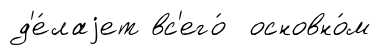
д'е́лаjет вс'его́ основно́м